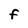
Character: f